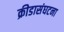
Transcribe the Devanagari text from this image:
क्रीडासंघटना